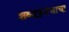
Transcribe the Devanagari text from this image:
शब्दप्रपंचाचा